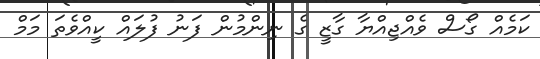
ކަމެއް ގޯސް ވެއްޖިއްޔާ ގާޒީ ގެ ނިންމުން ފަނު ފުލައް ކީއްވެތަ މަމް